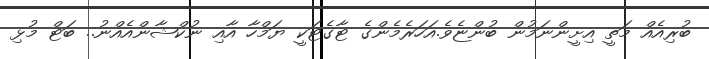
ބުރިއެއް މަތީ އިށީންނަމުން ބުންޏެވެ.އަހަރެމެންގެ ޓާގެޓަކީ ޔަމްހާ އާއި ނުކްޝާންއެއްނު.. ބަޓް މުޅި